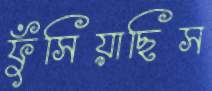
ফুঁসিয়াছিস